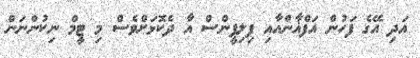
އަދި އޭގެ ފަހުން އަފްޣާންއާއި ފިލިޕީންސް އާ ދެކޮޅަށްވެސް މި ޓީމް ނިކުންނަން